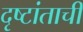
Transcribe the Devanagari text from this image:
दृष्टांताची